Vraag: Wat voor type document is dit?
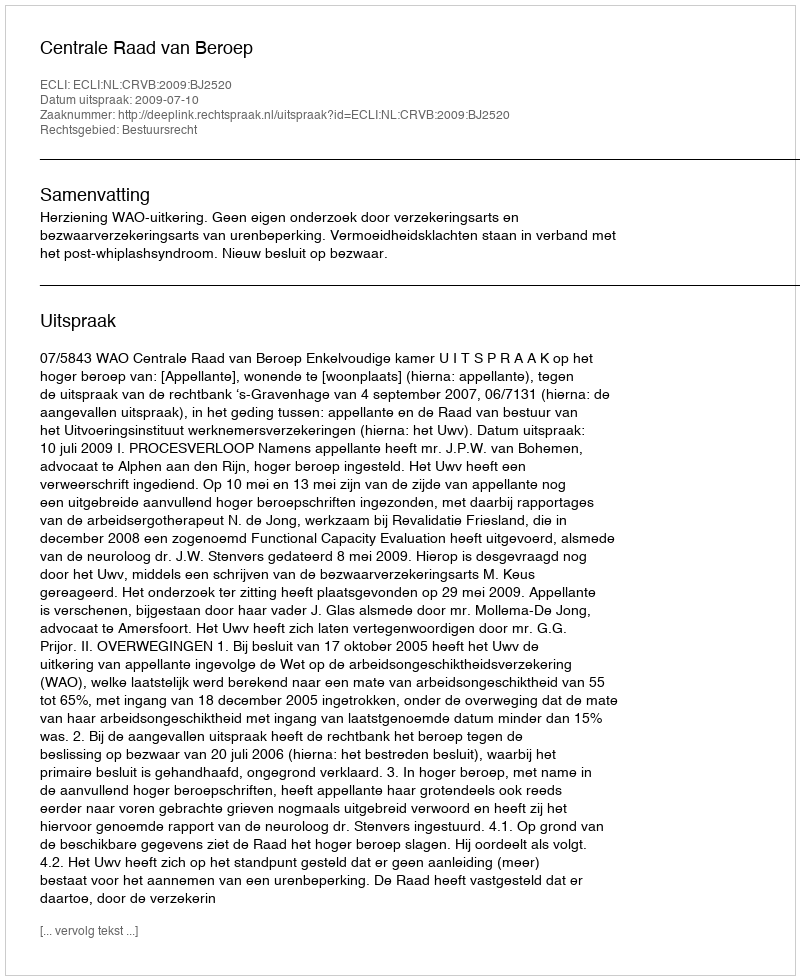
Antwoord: Uitspraak